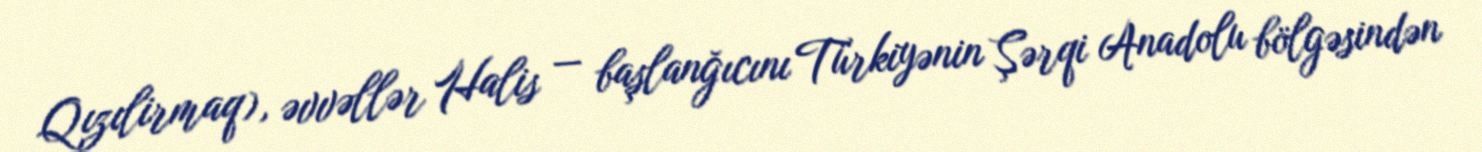
Qızılirmaq), əvvəllər Halis — başlanğıcını Türkiyənin Şərqi Anadolu bölgəsindən